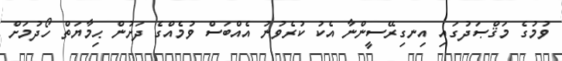
ވުމުގެ މަޤްޞަދުގައި އިނގިރޭސީންނާ އެކު ކުރެވުނު އެއްބަސް ވުމެއްގެ ދަށުން ޙިމާޔަތް ހޯދުމަށް